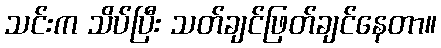
သင်းက သိပ်ပြီး သတ်ချင်ဖြတ်ချင်နေတာ။